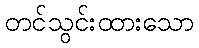
တင်သွင်းထားသော